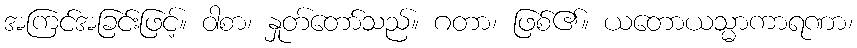
အကြင်အခြင်းဖြင့်။ ဝါစာ၊ နှုတ်တော်သည်။ ဂတာ၊ ဖြစ်၏။ ယတောယသ္မာကာရဏာ၊